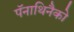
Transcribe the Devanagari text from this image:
पॅनाथिनैको